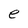
Character: e